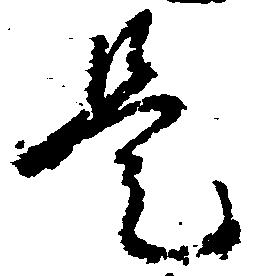
是